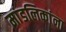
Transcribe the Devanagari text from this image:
मांडलिकांना